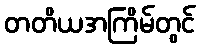
တတိယအကြိမ်တွင်